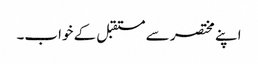
اپنے مختصر سے مستقبل کے خواب۔